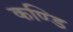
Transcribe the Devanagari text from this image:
कण्डि